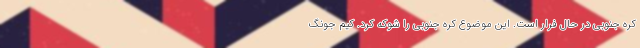
کره جنوبی در حال فرار است. این موضوع کره جنوبی را شوکه کرد. کیم جونگ